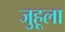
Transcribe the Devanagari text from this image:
जुहूला